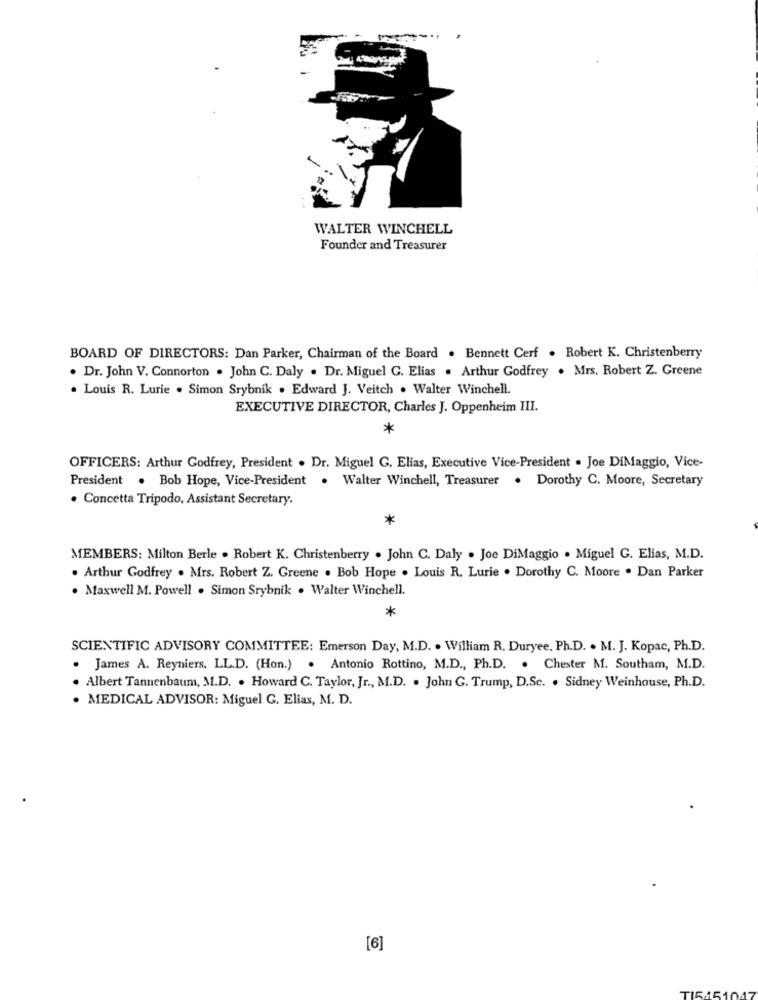
WALTER WINCHELL
Founder and Treasurer
BOARD OF DIRECTORS: Dan Parker, Chairman of the Board . Bennett Cerf . Robert K. Christenberry
. Dr. John V. Connorton . John C. Daly . Dr. Miguel G. Elias . Arthur Godfrey . Mrs. Robert Z. Greene
. Louis R. Lurie . Simon Srybnik . Edward J. Veitch . Walter Winchell.
EXECUTIVE DIRECTOR, Charles J. Oppenheim III.
*
OFFICERS: Arthur Godfrey, President . Dr. Miguel G. Elias, Executive Vice-President . Joe DiMaggio, Vice-
President . Bob Hope, Vice-President . Walter Winchell, Treasurer . Dorothy C. Moore, Secretary
. Concetta Tripodo, Assistant Secretary.
*
MEMBERS: Milton Berle . Robert K. Christenberry . John C. Daly . Joe DiMaggio . Miguel G. Elias, M.D.
. Arthur Godfrey . Mrs. Robert Z. Greene . Bob Hope . Louis R. Lurie . Dorothy C. Moore . Dan Parker
. Maxwell M. Powell . Simon Srybnik . Walter Winchell.
*
SCIENTIFIC ADVISORY COMMITTEE: Emerson Day, M.D. . William R. Duryee, Ph.D. . M. J. Kopac, Ph.D.
. James A. Reyniers, LL.D. (Hon.) . Antonio Rottino, M.D ., Ph.D. . Chester M. Southam, M.D.
Albert Tannenbaum, M.D. . Howard C. Taylor, Jr ., M.D. . John G. Trump, D.Sc. . Sidney Weinhouse, Ph.D.
· MEDICAL ADVISOR: Miguel G. Elias, M. D.
[6]